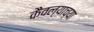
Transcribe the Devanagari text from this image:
कैवल्याच्या